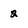
Character: 2